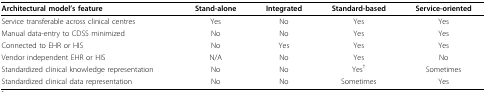
<table><thead><tr><td><b>Architectural model&#x27;s feature</b></td><td><b>Stand-alone</b></td><td><b>Integrated</b></td><td><b>Standard-based</b></td><td><b>Service-oriented</b></td></tr></thead><tbody><tr><td>Service transferable across clinical centres</td><td>Yes</td><td>No</td><td>Yes</td><td>Yes</td></tr><tr><td>Manual data-entry to CDSS minimized</td><td>No</td><td>No</td><td>Yes</td><td>Yes</td></tr><tr><td>Connected to EHR or HIS</td><td>No</td><td>Yes</td><td>Yes</td><td>Yes</td></tr><tr><td>Vendor independent EHR or HIS</td><td>N/A</td><td>No</td><td>Yes</td><td>No</td></tr><tr><td>Standardized clinical knowledge representation</td><td>No</td><td>No</td><td>Yes<sup>†</sup></td><td>Sometimes</td></tr><tr><td>Standardized clinical data representation</td><td>No</td><td>No</td><td>Sometimes</td><td>Yes</td></tr></tbody></table>